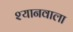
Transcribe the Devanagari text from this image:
श्यानवाला